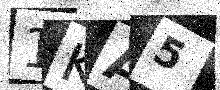
Text: 1KA5